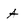
Character: a